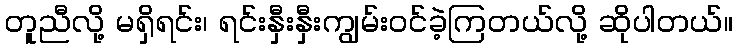
တူညီလို့ မရှိရင်း၊ ရင်းနှီးနှီးကျွမ်းဝင်ခဲ့ကြတယ်လို့ ဆိုပါတယ်။